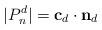
LaTeX: \begin{align*}|P_n^d| = \mathbf{c}_d \cdot \mathbf{n}_d\end{align*}